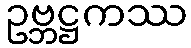
ဥဗ္ဘဋ္ဌကဿ